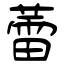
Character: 蕾